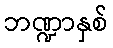
ဘဏ္ဍာနှစ်